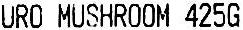
URO MUSHROOM 425G